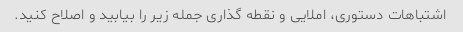
اشتباهات دستوری، املایی و نقطه گذاری جمله زیر را بیابید و اصلاح کنید.